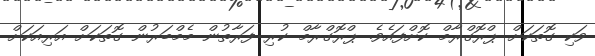
ވަކި ގޮތަކަށް ޕްރޮގްރާމް ކޮށްފައެވެ. ޕްރޮގްރާމް ކުރި ފަރާތުން މެމްބަރުން ގޮތަކަށް އަރިއަކަށް